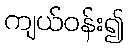
ကျယ်ဝန်း၍